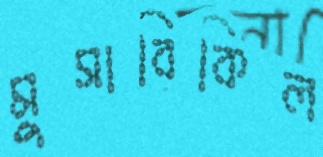
মুসাবিকিল